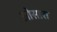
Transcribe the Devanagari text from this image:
ओसारा